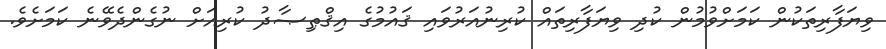
ވިޔަފާރިތަކުން ކަމަށްވުމުން ކުދި ވިޔަފާރިތައް ކުރިނުއަރުވައި ޤައުމުގެ އިޤްޠިޞާދު ކުރިއަށް ނުގެންދެވޭނެ ކަމަށެވެ.